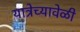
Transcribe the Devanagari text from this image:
यात्रेच्यावेळी